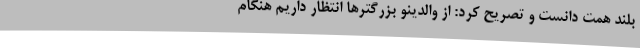
بلند همت دانست و تصریح کرد: از والدینو بزرگترها انتظار داریم هنگام